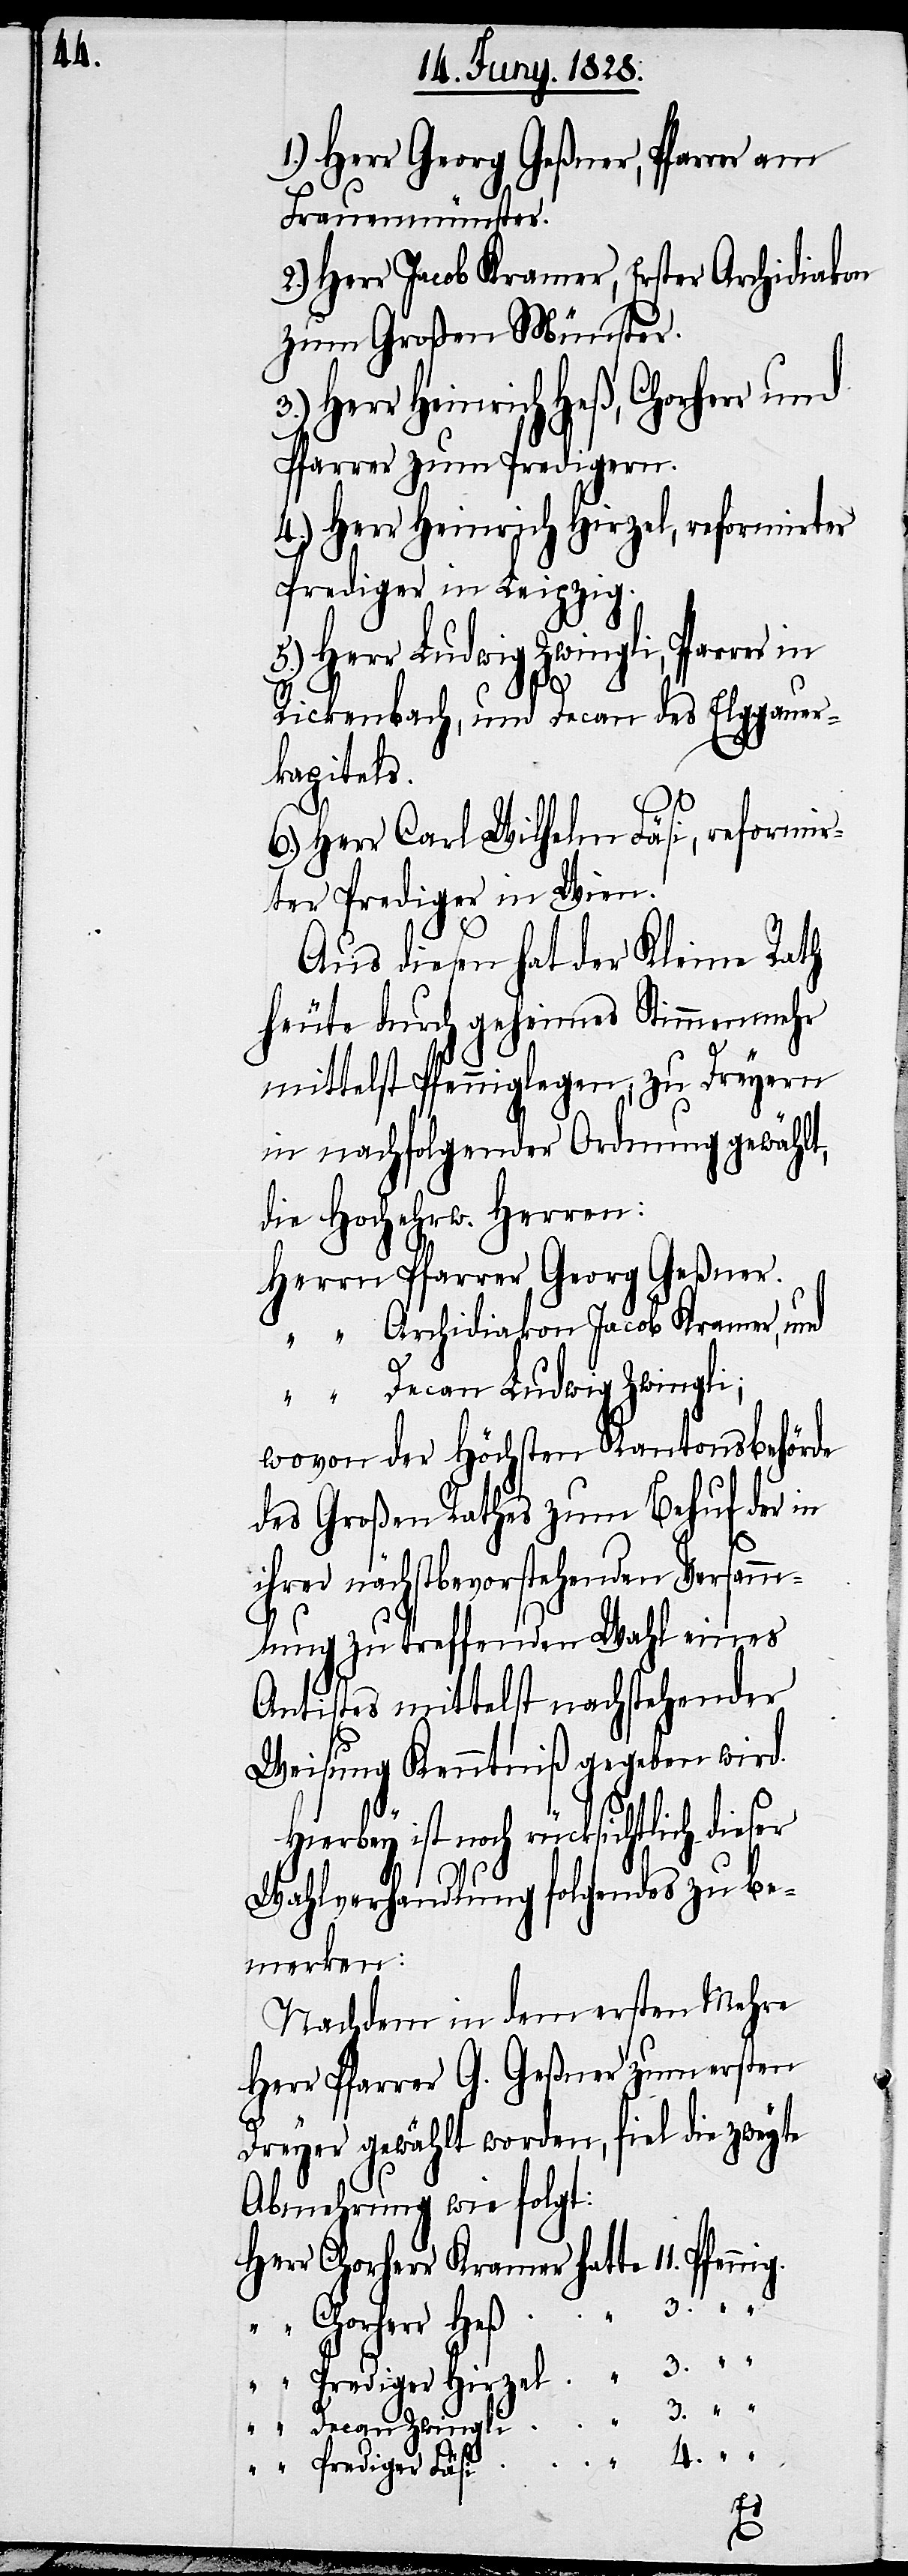
4.

1.) Herr Georg Geßner, Pfarrer am
Frauenmünster.
2.) Herr Jacob Kramer, Erster Archidiakon
zum Großen Münster.
Herr Heinrich Heß, Chorherr
Pfarrer zum Predigern.
4.) Herr Heinrich Hirzel, reformirter
Prediger in Leipzig.
5.) Herr Ludwig Zwingli, Pfarrer in
Fäsi
Rickenbach, und Decan des Elggauer¬
kapitels.
6.) Herr Carol Wilhelm Fäsi, reformir¬
ter Prediger in Wien.
Aus diesen hat der Kleine Rath
heute durch geheimes Stimmenmehr
mittelst Pfenniglegen, zu Dreyern
in nachfolgender Ordnung gewählt,
die Hocherw. Herren:
Herr Pfarrer Georg Geßner.
“ Archidiakon Jacob Kramer, und
“ Decan Ludwig Zwingli;
wovon der Höchsten Kantonsbehörde
des Großen Rathes zum Behuf der in
ihrer nächstbevorstehenden Versam¬
mlung zu treffenden Wahl eines
Antistes mittelst nachstehender
Weisung Kenntniß gegeben wird.
noch rücksichtlich dieser
Wahlverhandlung folgendes zu be¬
merken:
Nachdem in dem ersten Mehre
Herr Pfarrer G. Geßner zum ersten
Dreyer gewählt worden, fiel die zweyte
Abmehrung wie folgt: